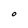
Character: O